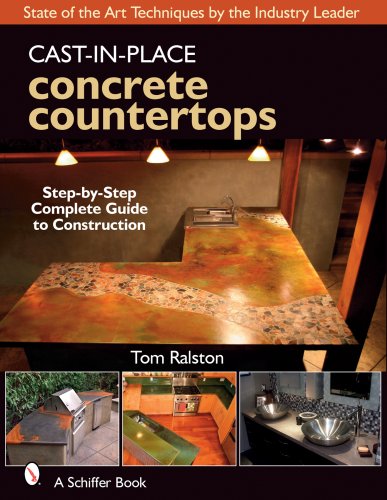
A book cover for Cast-in-place Concrete Countertops: A Guide for Craftsmen; Tom Ralston; Arts & Photography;